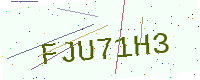
Text: FJU71H3